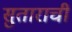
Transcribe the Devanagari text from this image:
सुताराची